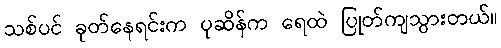
သစ်ပင် ခုတ်နေရင်းက ပုဆိန်က ရေထဲ ပြုတ်ကျသွားတယ်။